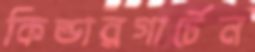
কিন্ডারগার্টেন